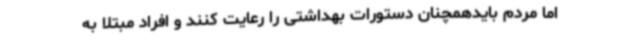
اما مردم بایدهمچنان دستورات بهداشتی را رعایت کنند و افراد مبتلا به